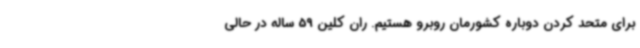
برای متحد کردن دوباره کشورمان روبرو هستیم. ران کلین 59 ساله در حالی